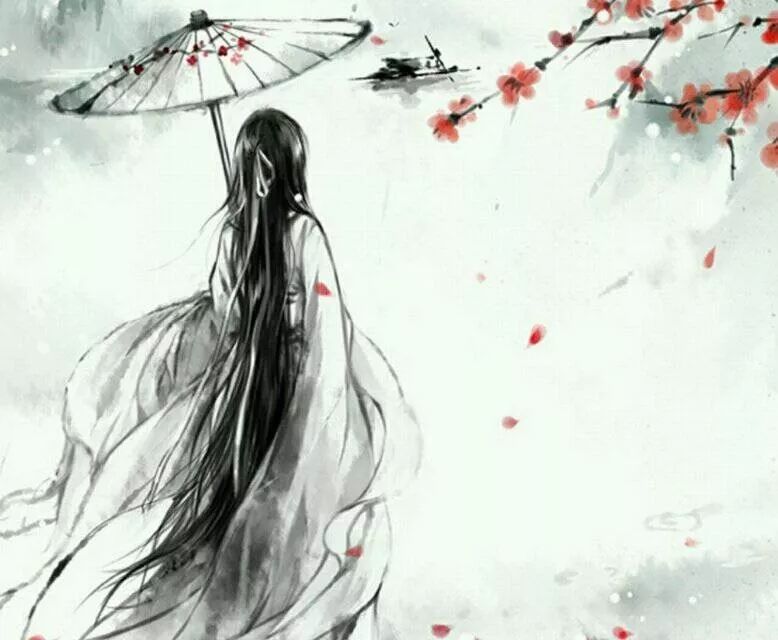
衰柳寒蝉一片愁，谁肯教白衣送酒？